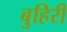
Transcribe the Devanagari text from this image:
बुहिरी